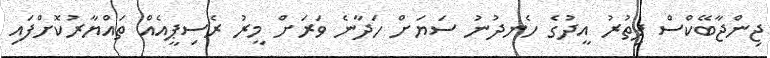
ޖިންޖާބޭކްސް ފިތުރު އީދުގެ ހެނދުނު ސަޔަށް ހަދާނެ ވަރަށް މީރު ރެސިޕީއެއް ތައްޔާރުކޮށްފައި